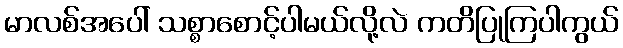
မာလစ်အပေါ် သစ္စာစောင့်ပါမယ်လို့လဲ ကတိပြုကြပါကွယ်